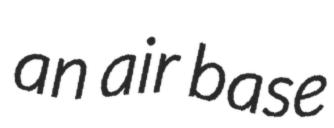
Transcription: an air base